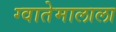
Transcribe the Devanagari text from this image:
ग्वातेमालाला